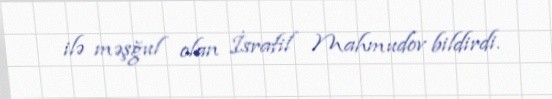
ilə məşğul olan İsrafil Mahmudov bildirdi.